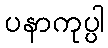
ပနာကုပ္ပါ